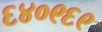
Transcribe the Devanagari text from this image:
६४०९६९